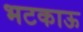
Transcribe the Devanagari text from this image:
भटकाऊ